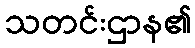
သတင်းဌာန၏